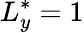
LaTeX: L_{y}^{*}=1